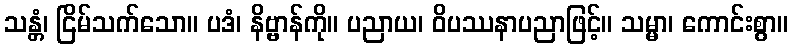
သန္တံ၊ ငြိမ်သက်သော။ ပဒံ၊ နိဗ္ဗာန်ကို။ ပညာယ၊ ဝိပဿနာပညာဖြင့်။ သမ္မာ၊ ကောင်းစွာ။